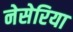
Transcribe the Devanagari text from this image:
नेसेरिया